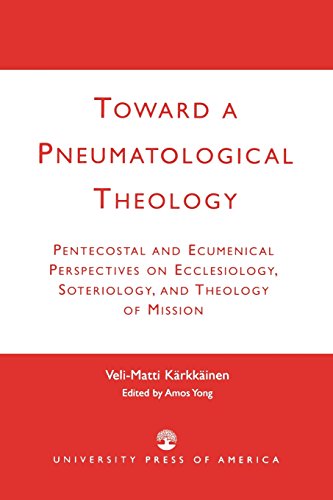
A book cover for Toward a Pneumatological Theology: Pentecostal and Ecumenical Perspectives on Ecclesiology, Soteriology, and Theology of Mission; Veli-Matti Karkkainen; Christian Books & Bibles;